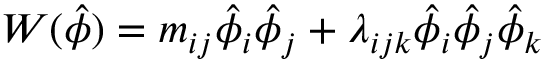
W ( \hat { \phi } ) = m _ { i j } \hat { \phi } _ { i } \hat { \phi } _ { j } + \lambda _ { i j k } \hat { \phi } _ { i } \hat { \phi } _ { j } \hat { \phi } _ { k }